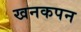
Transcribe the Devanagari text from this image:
खनकपन